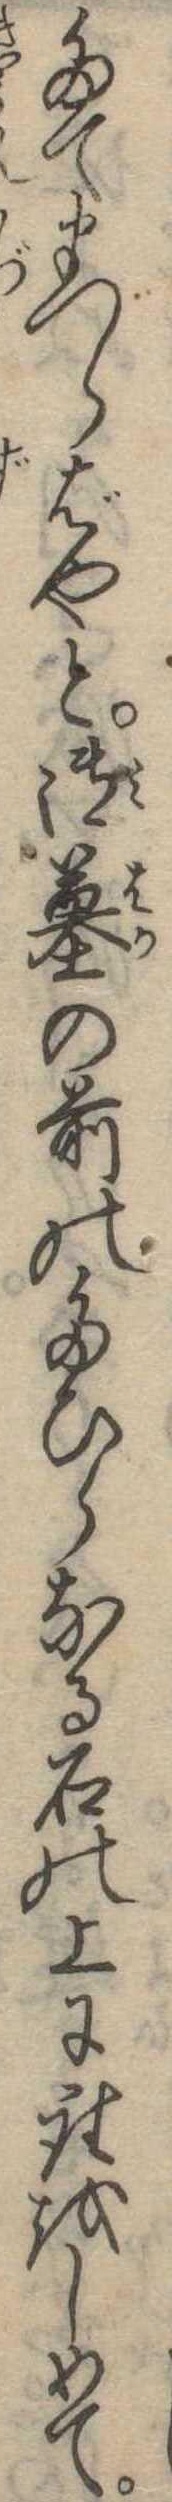
たてまつらばやと御墓の前のたひらなる石の上に座をしめて